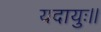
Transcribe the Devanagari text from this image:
यदायुः।।